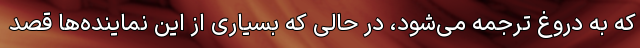
که به دروغ ترجمه می‌شود، در حالی که بسیاری از این نماینده‌ها قصد